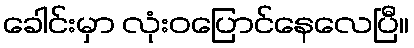
ခေါင်းမှာ လုံးဝပြောင်နေလေပြီ။